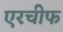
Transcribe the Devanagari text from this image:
एरचीफ